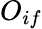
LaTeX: O_{if}